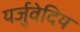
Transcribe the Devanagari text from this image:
यर्जुवेदिय